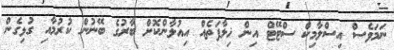
ނަަމަވެސް އިސްލާމިކް ސްޓޭޓް އިން ޚިލާފަތެއް އިއުލާންކޮށް ބާރުގެ ބޭނުން ކުރުމާއި ގުޅިގެން